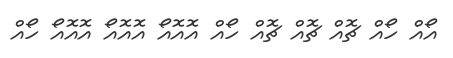
އޯއް ހޯއް ޗޮއް ޗޮއް ޗޮއް ހޯއް އޮއޮއޯ އޮއޮއޯ އޮއޮއޯ ހޯއް